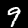
Digit: 9